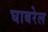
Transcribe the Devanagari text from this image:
घाबरेल